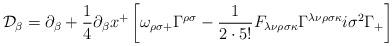
LaTeX: \begin{align*}\mathcal{D}_\beta = \partial_\beta + \frac{1}{4} \partial_{\beta} x^+ \left[ \omega_{\rho \sigma +} \Gamma^{\rho \sigma} - \frac{1}{2 \cdot 5!} F_{\lambda \nu \rho \sigma \kappa} \Gamma^{\lambda \nu \rho \sigma \kappa} i\sigma^2 \Gamma_+ \right]\end{align*}